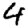
Digit: 4